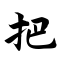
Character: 把